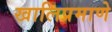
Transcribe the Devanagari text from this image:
खालिप्रमाणे